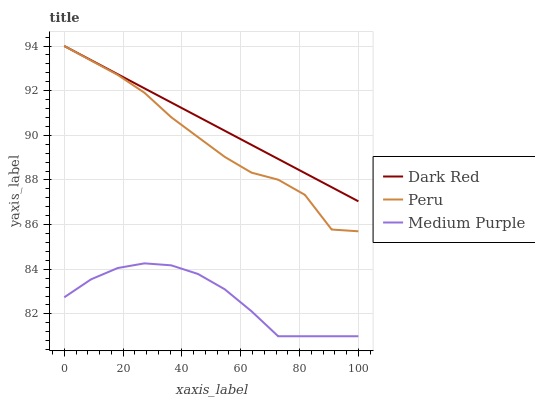
| xaxis_label | Dark Red | Peru | Medium Purple |
 | --- | --- | --- | --- |
 | 0 | 94 | 94 | 82.7 |
 | 9.09 | 93.4 | 93.4 | 83.5 |
 | 18.2 | 92.7 | 92.7 | 84.1 |
 | 27.3 | 92.1 | 91.9 | 84.3 |
 | 36.4 | 91.5 | 90.8 | 84.2 |
 | 45.5 | 90.8 | 89.9 | 83.8 |
 | 54.5 | 90.2 | 89 | 83.1 |
 | 63.6 | 89.6 | 88.3 | 82.1 |
 | 72.7 | 88.9 | 88 | 81 |
 | 81.8 | 88.3 | 87.3 | 81 |
 | 90.9 | 87.7 | 85.8 | 81 |
 | 100 | 87 | 85.7 | 81 |